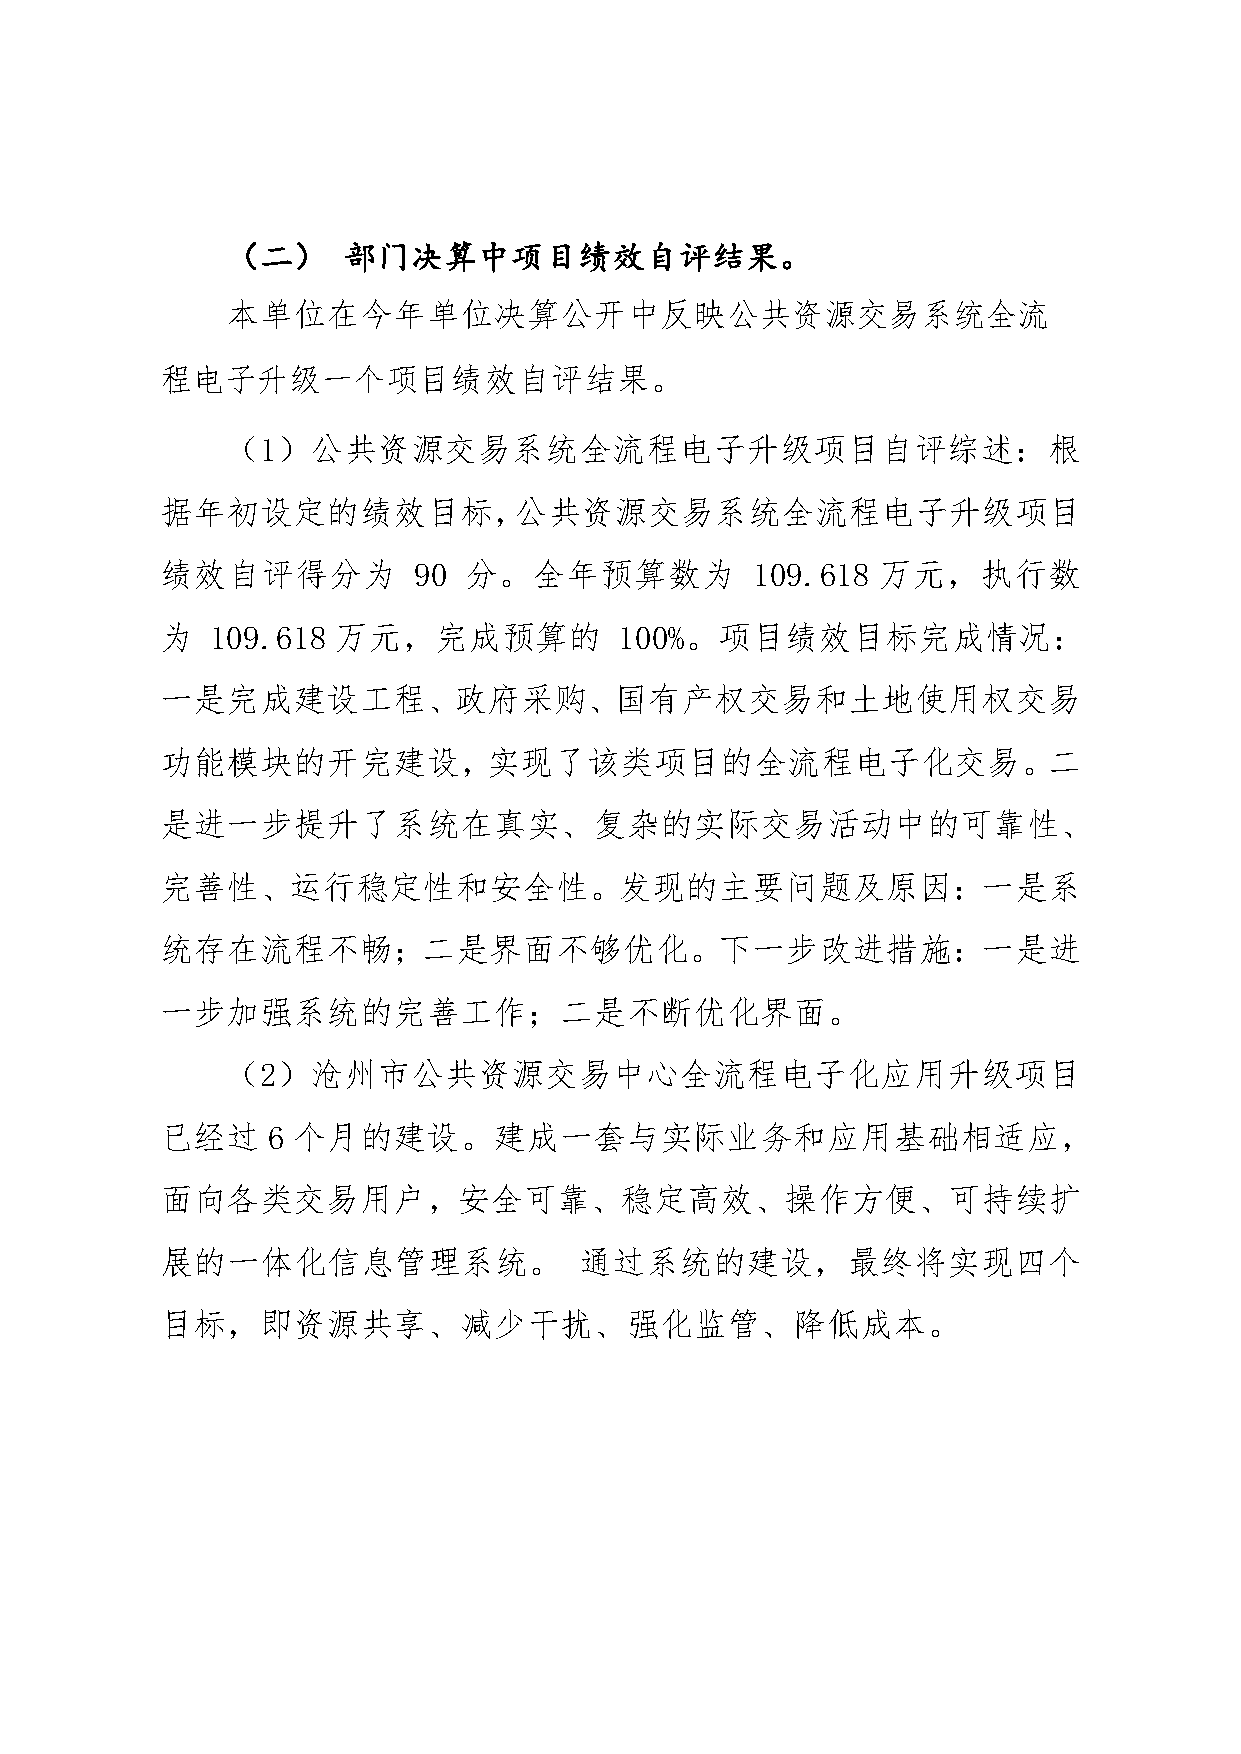
（二）     部门决算中项目绩效自评结果。
 本单位在今年单位决算公开中反映公共资源交易系统全流
 程电子升级一个项目绩效自评结果。
 （1）公共资源交易系统全流程电子升级项目自评综述：根
 据年初设定的绩效目标，公共资源交易系统全流程电子升级项目
 绩效自评得分为         90  分。全年预算数为           109.618 万元，执行数
 为  109.618 万元，完成预算的           100%。项目绩效目标完成情况：
 一是完成建设工程、政府采购、国有产权交易和土地使用权交易
 功能模块的开完建设，实现了该类项目的全流程电子化交易。二
 是进一步提升了系统在真实、复杂的实际交易活动中的可靠性、
 完善性、运行稳定性和安全性。发现的主要问题及原因：一是系
 统存在流程不畅；二是界面不够优化。下一步改进措施：一是进
 一步加强系统的完善工作；二是不断优化界面。
 （2）沧州市公共资源交易中心全流程电子化应用升级项目
 已经过    6 个月的建设。建成一套与实际业务和应用基础相适应，
 面向各类交易用户，安全可靠、稳定高效、操作方便、可持续扩
 展的一体化信息管理系统。               通过系统的建设，最终将实现四个
 目标，即资源共享、减少干扰、强化监管、降低成本。